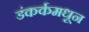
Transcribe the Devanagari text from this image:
डंकर्कमधून